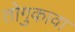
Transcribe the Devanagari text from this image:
तोगुकावा